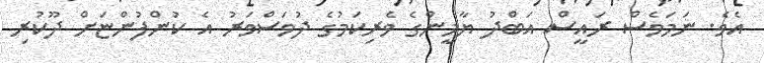
އެވެ. ނަމަވެސް ރައީސް އަބްދު ޔާމީންގެ ވެރިކަމުގެ ދުވަސްވަރު އެ ކުންފުންޏަށް ދޫކުރި